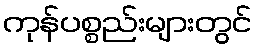
ကုန်ပစ္စည်းများတွင်